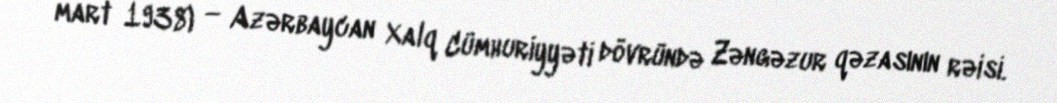
mart 1938) — Azərbaycan Xalq Cümhuriyyəti dövründə Zəngəzur qəzasının rəisi.